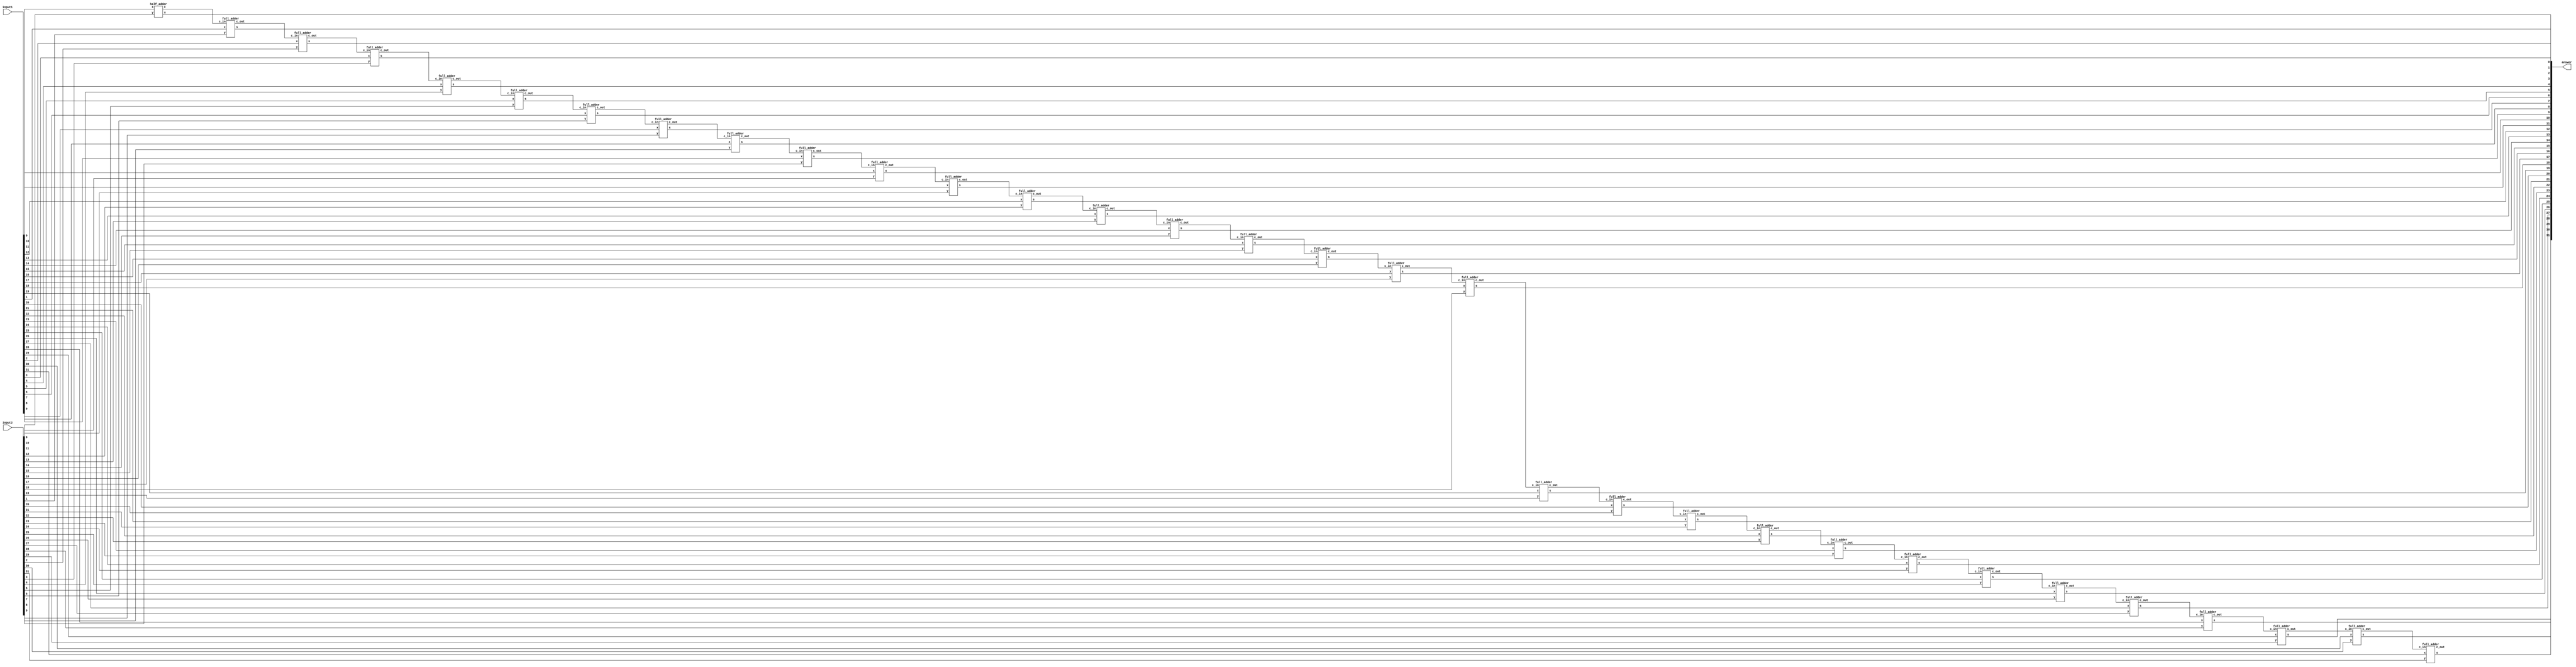
`timescale 1ns / 1ps
//////////////////////////////////////////////////////////////////////////////////
// Company: 
// Engineer: 
// 
// Design Name: 
// Module Name:    N_bit_adder_structural 
// Project Name: 
// Target Devices: 
// Tool versions: 
// Description: 
//
// Dependencies: 
//
// Revision: 
// Revision 0.01 - File Created
// Additional Comments: 
//
//////////////////////////////////////////////////////////////////////////////////
// Verilog code for N-bit Adder 
// Structural Modeling
module N_bit_adder(input1,input2,answer);
parameter N=32;
input [N-1:0] input1,input2;
   output [N-1:0] answer;
   wire  carry_out;
  wire [N-1:0] carry;
   genvar i;
   generate 
   for(i=0;i<N;i=i+1)
     begin: generate_N_bit_Adder
   if(i==0) 
  half_adder f(input1[0],input2[0],answer[0],carry[0]);
   else
  full_adder f(input1[i],input2[i],carry[i-1],answer[i],carry[i]);
     end
  assign carry_out = carry[N-1];
   endgenerate
endmodule 
 
// half adder 
module half_adder(x,y,s,c);
   input x,y;
   output s,c;
   assign s=x^y;
   assign c=x&y;
endmodule // half adder
 
// full adder 
module full_adder(x,y,c_in,s,c_out);
   input x,y,c_in;
   output s,c_out;
 assign s = (x^y) ^ c_in;
 assign c_out = (y&c_in)| (x&y) | (x&c_in);
endmodule // full_adder